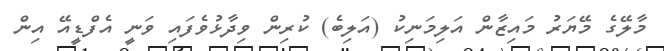
މާލޭގެ މޭޔަރު މައިޒާން އަލިމަނިކު (އަލިބެ) ކުރިން ވިދާޅުވެފައި ވަނީ އެފްޑީއޭ އިން